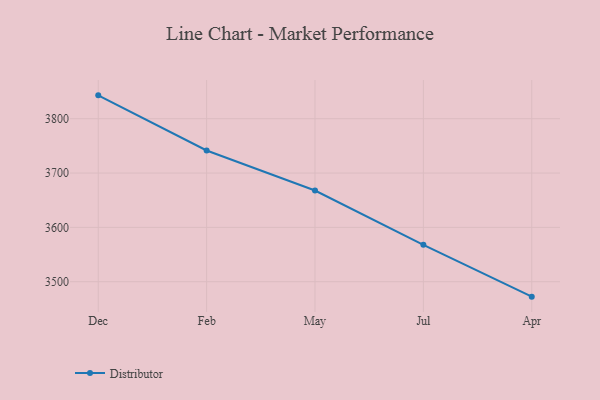
{"axis": {"x": "Month", "y": "Waste Production (Tons)"}, "legend": ["Distributor"], "data": [{"x": "Dec", "y": 3843.0, "type": "Distributor"}, {"x": "Feb", "y": 3741.5, "type": "Distributor"}, {"x": "May", "y": 3667.8, "type": "Distributor"}, {"x": "Jul", "y": 3567.9, "type": "Distributor"}, {"x": "Apr", "y": 3472.5, "type": "Distributor"}]}